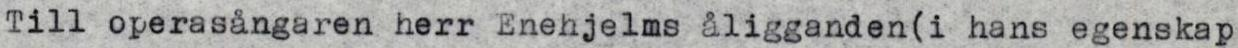
Till operasångaren herr Enehjelms åligganden(i hans egenskap